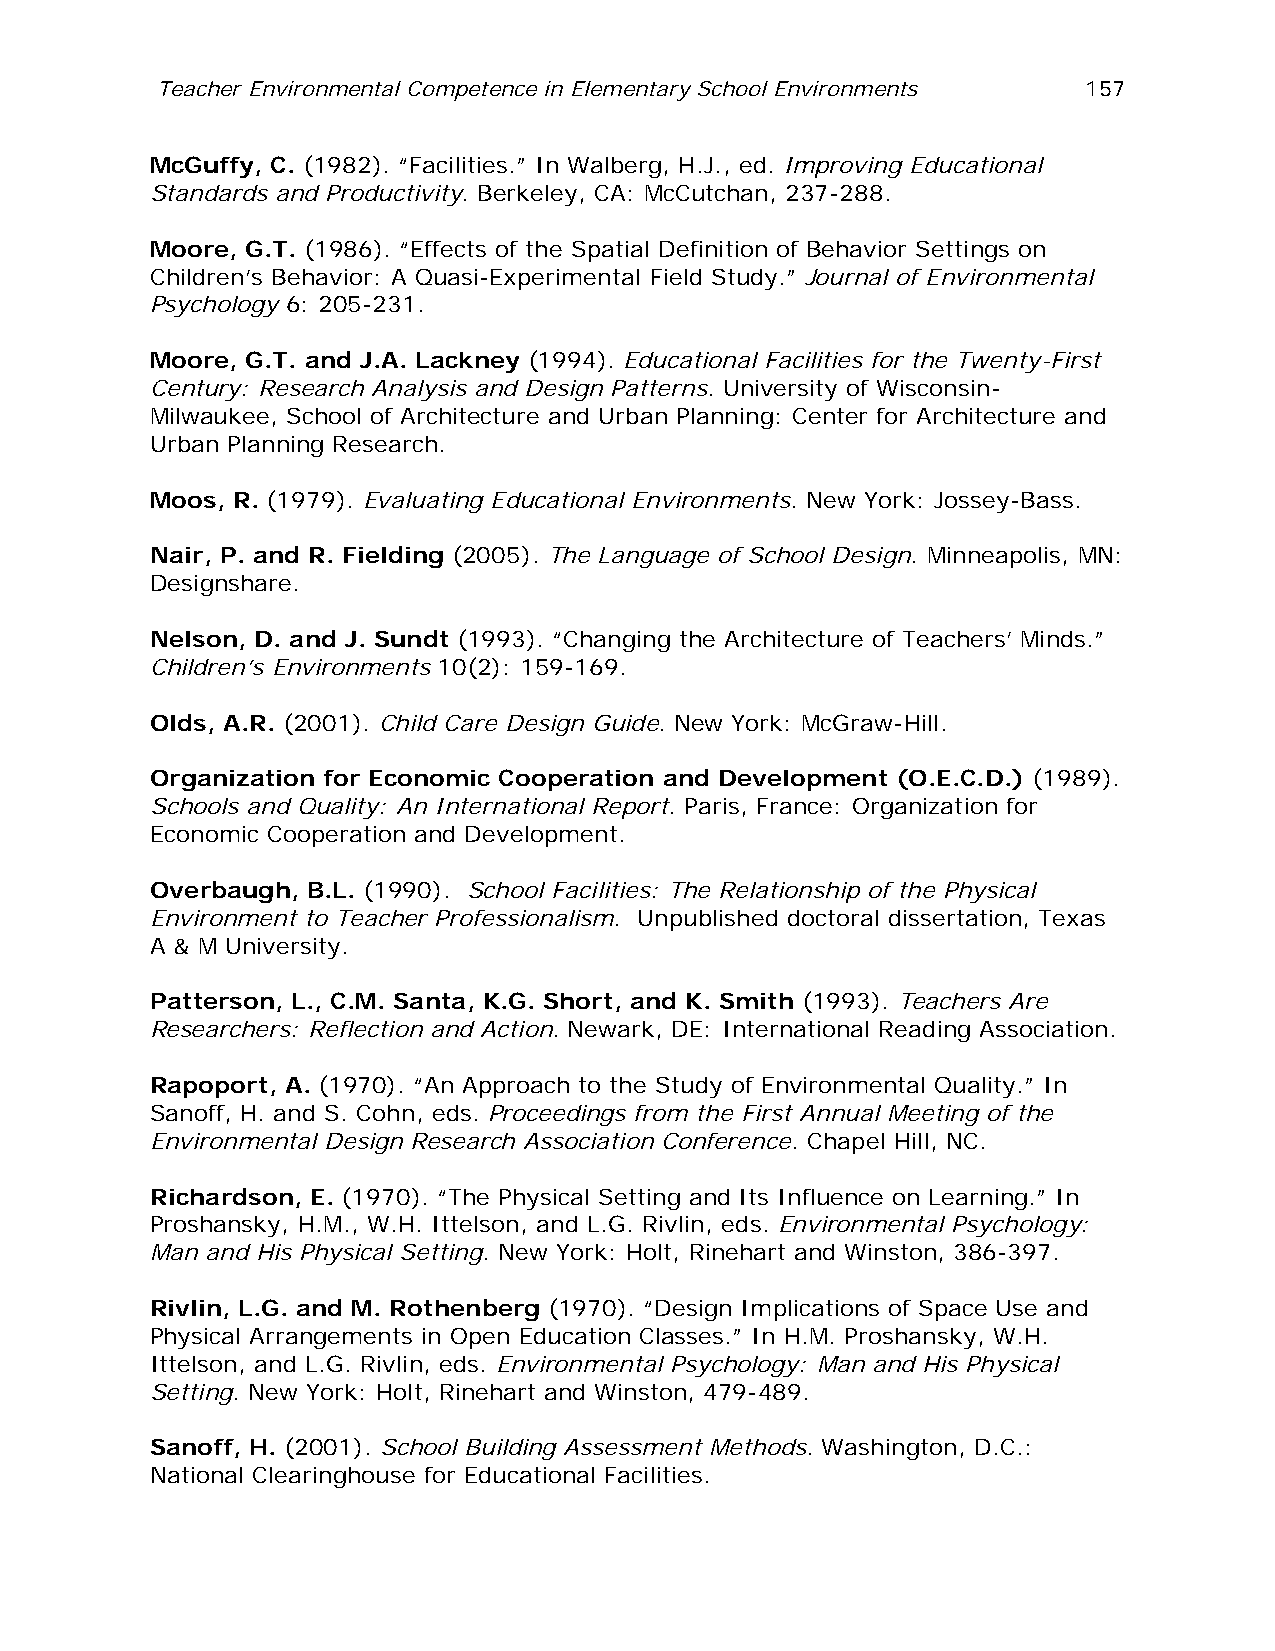
Teacher Environmental Competence in Elementary School Environments 157
 McGuffy, C. (1982). “Facilities.” In Walberg, H.J., ed. Improving Educational
 Standards and Productivity. Berkeley, CA: McCutchan, 237-288.
 Moore, G.T. (1986). “Effects of the Spatial Definition of Behavior Settings on
 Children’s Behavior: A Quasi-Experimental Field Study.” Journal of Environmental
 Psychology 6: 205-231.
 Moore, G.T. and J.A. Lackney (1994). Educational Facilities for the Twenty-First
 Century: Research Analysis and Design Patterns. University of Wisconsin-
 Milwaukee, School of Architecture and Urban Planning: Center for Architecture and
 Urban Planning Research.
 Moos, R. (1979). Evaluating Educational Environments. New York: Jossey-Bass.
 Nair, P. and R. Fielding (2005). The Language of School Design. Minneapolis, MN:
 Designshare.
 Nelson, D. and J. Sundt (1993). “Changing the Architecture of Teachers’ Minds.”
 Children’s Environments 10(2): 159-169.
 Olds, A.R. (2001). Child Care Design Guide. New York: McGraw-Hill.
 Organization for Economic Cooperation and Development (O.E.C.D.) (1989).
 Schools and Quality: An International Report. Paris, France: Organization for
 Economic Cooperation and Development.
 Overbaugh, B.L. (1990). School Facilities: The Relationship of the Physical
 Environment to Teacher Professionalism. Unpublished doctoral dissertation, Texas
 A & M University.
 Patterson, L., C.M. Santa, K.G. Short, and K. Smith (1993). Teachers Are
 Researchers: Reflection and Action. Newark, DE: International Reading Association.
 Rapoport, A. (1970). “An Approach to the Study of Environmental Quality.” In
 Sanoff, H. and S. Cohn, eds. Proceedings from the First Annual Meeting of the
 Environmental Design Research Association Conference. Chapel Hill, NC.
 Richardson, E. (1970). “The Physical Setting and Its Influence on Learning.” In
 Proshansky, H.M., W.H. Ittelson, and L.G. Rivlin, eds. Environmental Psychology:
 Man and His Physical Setting. New York: Holt, Rinehart and Winston, 386-397.
 Rivlin, L.G. and M. Rothenberg (1970). “Design Implications of Space Use and
 Physical Arrangements in Open Education Classes.” In H.M. Proshansky, W.H.
 Ittelson, and L.G. Rivlin, eds. Environmental Psychology: Man and His Physical
 Setting. New York: Holt, Rinehart and Winston, 479-489.
 Sanoff, H. (2001). School Building Assessment Methods. Washington, D.C.:
 National Clearinghouse for Educational Facilities.